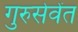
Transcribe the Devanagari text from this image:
गुरुसेवेंत